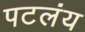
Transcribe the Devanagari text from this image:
पटलंय